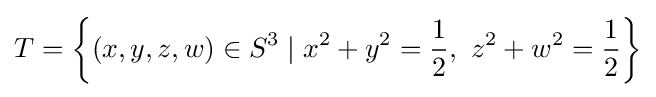
T=\left\{(x,y,z,w)\in S^{3}\mid x^{2}+y^{2}={\frac {1}{2}},\ z^{2}+w^{2}={\frac {1}{2}}\right\}